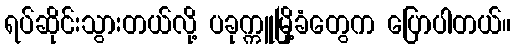
ရပ်ဆိုင်းသွားတယ်လို့ ပခုက္ကူမြို့ခံတွေက ပြောပါတယ်။